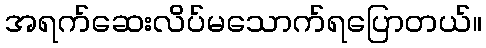
အရက်ဆေးလိပ်မသောက်ရပြောတယ်။